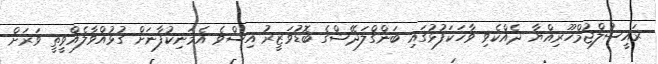
ރައީސުލްޖުމްހޫރިއްޔާ ދެއްކެވި ވާހަކަފުޅުގައި ބަންގްލަދޭޝްގެ ބޮޑުވަޒީރު އިސްވެ އެމަނިކުފާނަށް ގުޅުއްވާލެއްވީތީ ވަރަށް